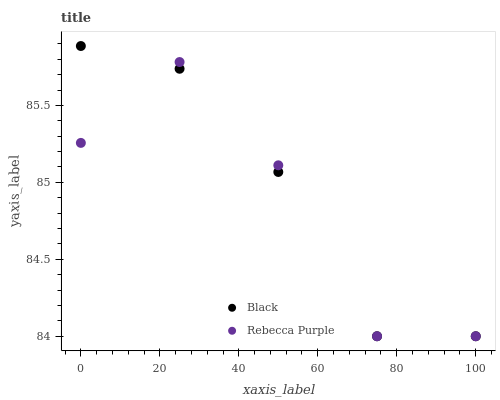
| xaxis_label | Black | Rebecca Purple |
 | --- | --- | --- |
 | 0 | 85.9 | 85.3 |
 | 25 | 85.7 | 85.8 |
 | 50 | 85.1 | 85.1 |
 | 75 | 84 | 84 |
 | 100 | 84 | 84 |